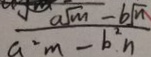
\frac { a \sqrt { m } - b \sqrt { m } } { a ^ { 2 } m - b ^ { 2 } n }